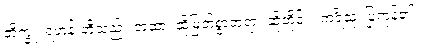
ဘိက္ခူ၊ ရဟန်းတို့သည်။ တထာ၊ ထိုမြတ်စွာဘုရား ဆိုတိုင်း။ ကရိံသု၊ ပြုကုန်၏။